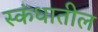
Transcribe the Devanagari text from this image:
स्कंधातील